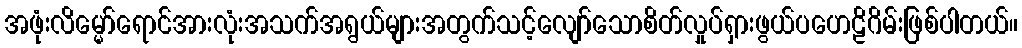
အဖုံးလိမ္မော်ရောင်အားလုံးအသက်အရွယ်များအတွက်သင့်လျော်သောစိတ်လှုပ်ရှားဖွယ်ပဟေဠိဂိမ်းဖြစ်ပါတယ်။